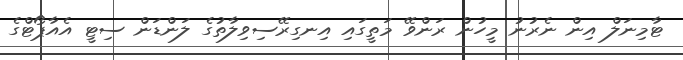
ޓާމިނަލް އިން ނެރުނު މީހުން ރަންވޭ މަތީގައި އިނގިރޭސިވިލާތުގެ ލަންޑަން ސިޓީ އެއާޕޯޓްގެ